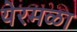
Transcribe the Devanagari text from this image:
येरमळा